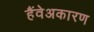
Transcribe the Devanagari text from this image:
हैंवेअकारण